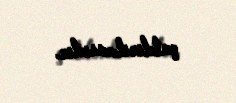
çatdırılmasıdır.